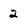
Character: 2